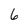
Character: 6